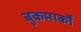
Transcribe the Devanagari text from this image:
बुकमार्कों